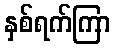
နှစ်ရက်ကြာ